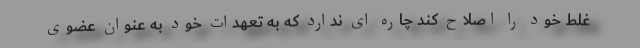
غلط خود را اصلاح کند چاره ای ندارد که به تعهدات خود به عنوان عضوی